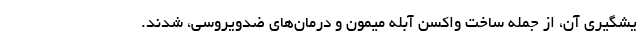
یشگیری آن، از جمله ساخت واکسن آبله میمون و درمان‌های ضدویروسی، شدند.